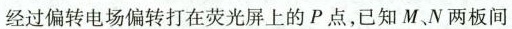
经过偏转电场偏转打在荧光屏上的P点，已知M、N两板间